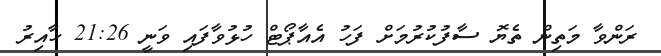
ރަންވާ މަތިން ތެޔޮ ސާފުކުރުމަށް ފަހު އެއާޕޯޓް ހުޅުވާފައި ވަނީ 21:26 ހާއިރު